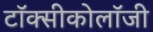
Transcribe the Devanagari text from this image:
टॉक्सीकोलॉजी